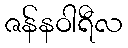
ဇန်နဝါရီလ